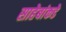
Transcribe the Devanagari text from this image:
साहेबांकडे